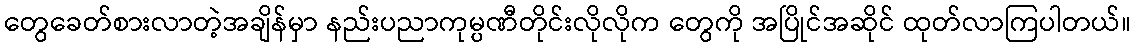
တွေခေတ်စားလာတဲ့အချိန်မှာ နည်းပညာကုမ္ပဏီတိုင်းလိုလိုက တွေကို အပြိုင်အဆိုင် ထုတ်လာကြပါတယ်။